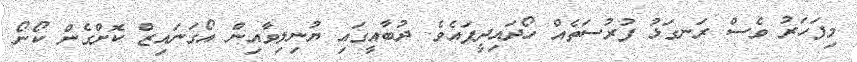
މިފަހަރު ވެސް ރަނގަޅު ފުރުސަތެއް ހޯދައިދީފައެވެ. ދުބާއީގައި ޔުނިލިވާއިން އޯގަނައިޒް ކޮށްގެން ކޯނޯ